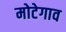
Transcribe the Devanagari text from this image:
मोटेगाव